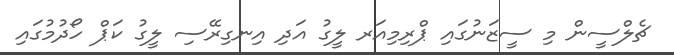
ޗެލްސީން މި ސީޒަނުގައި ޕްރިމިއަރ ލީގު އަދި އިނގިރޭސި ލީގު ކަޕް ހޯދުމުގައި